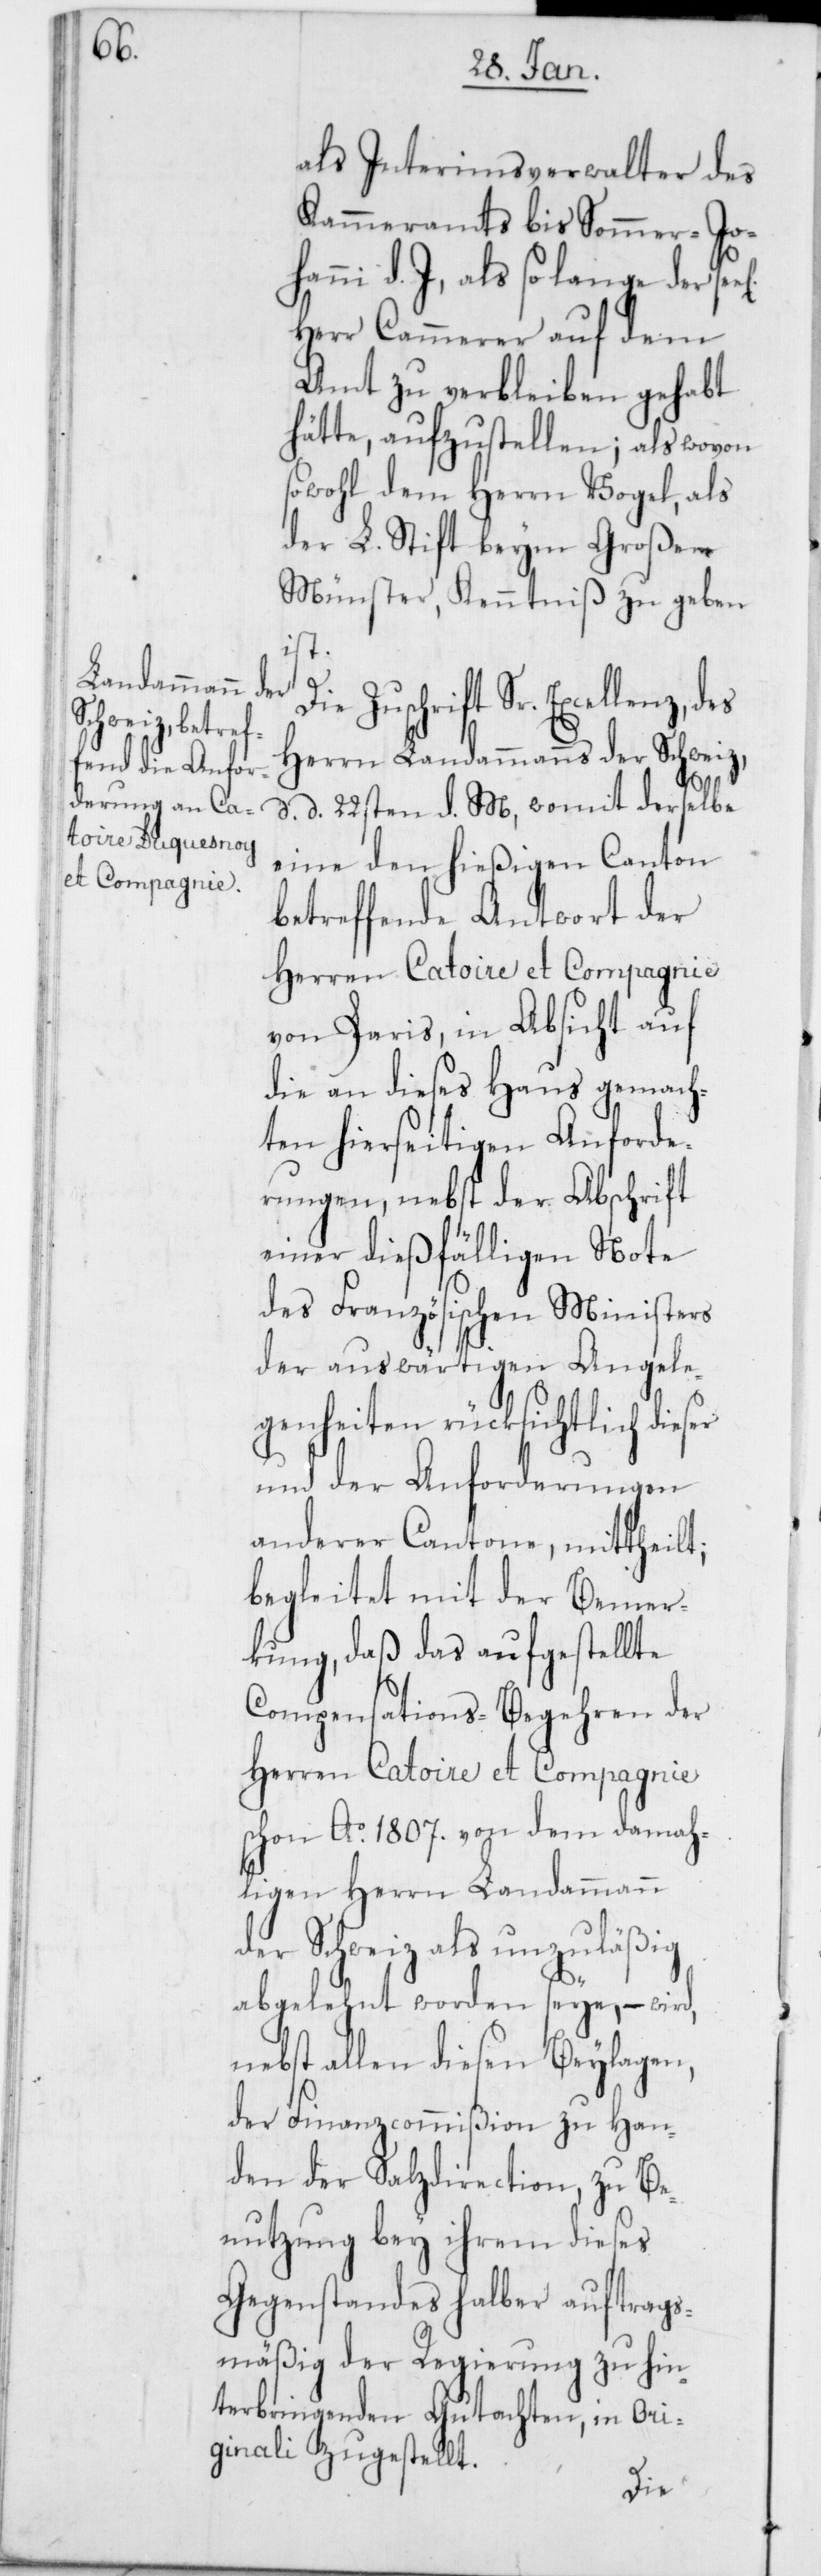
als Interimsverwalter des
Kammeramts bis Sommer-Joha¬
nni d. J., als solange der
Herr Cammerer auf dem
Amt zu verbleiben gehabt
hätte, aufzustellen; als wovon
sowohl dem Herrn Vogel, als
der L. Stift beym Großen
Münster, Kenntniß zu geben
ist.
Die Zuschrift Sr. Excellenz, des
Herrn Landammanns der Schweiz,
d. d. 22sten d. M., womit derselbe
eine den hießigen Canton
betreffende Antwort der
Herren Catoire et Compagnie
von Paris, in Absicht auf
die an dieses Haus gemach¬
ten hierseitigen Anforde¬
rungen, nebst der Abschrift
einer dießfälligen Note
des Französischen Ministers
der auswärtigen Angele¬
genheiten rüksichtlich dieser
und der Anforderungen
anderer Cantone, mittheilt;
begleitet mit der Bemer¬
kung, daß das aufgestellte
Compensations-Begehren der
Herren Catoire et Compagnie
schon Ao. 1807. von dem damah¬
ligen Herrn Landammann
der Schweiz als unzuläßig
abgelehnt worden seye, – wird,
nebst allen diesen Beylagen,
der Finanzcommißion zu Han¬
den der Salzdirection, zu Be¬
nutzung bey ihrem dieses
Gegenstandes halber auftrags¬
mäßig der Regierung zu hin¬
terbringenden Gutachten, in Ori¬
ginali zugestellt.